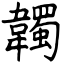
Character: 韣